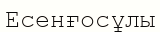
Есенғосұлы